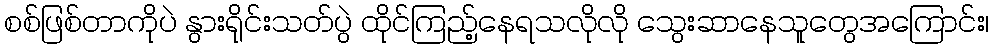
စစ်ဖြစ်တာကိုပဲ နွားရိုင်းသတ်ပွဲ ထိုင်ကြည့်နေရသလိုလို သွေးဆာနေသူတွေအကြောင်း၊